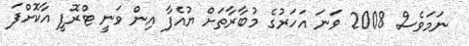
ނަމަވެސް 2008 ވަނަ އަހަރުގެ މުބާރާތަށް ޔުއެފާ އިން ވަނީ ޓްރޮފީ އާކޮށްފަ